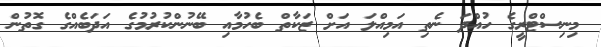
މިނިސްޓްރީގެ ހުއްދަ ނެތި އަމިއްލަ އަށް ޒަކާތް ބެހުމާއި ބޭނުންކުރުމުގެ އަދަބެއްގެ ގޮތުން